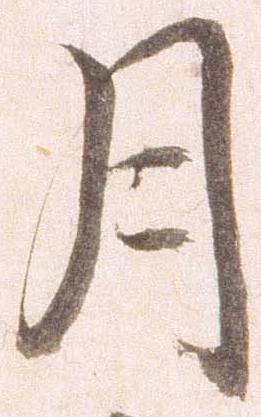
月